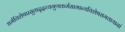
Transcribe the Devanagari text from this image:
धर्मविशेषप्रसूताद्द्रव्यगुणकर्मसामान्यविशेषसमवायानां